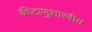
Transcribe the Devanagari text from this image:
कीटाणुशास्त्रीय